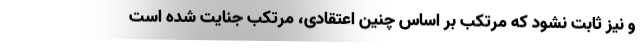
و نیز ثابت نشود که مرتکب بر اساس چنین اعتقادی، مرتکب جنایت شده است